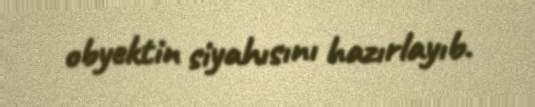
obyektin siyahısını hazırlayıb.